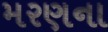
મરણના